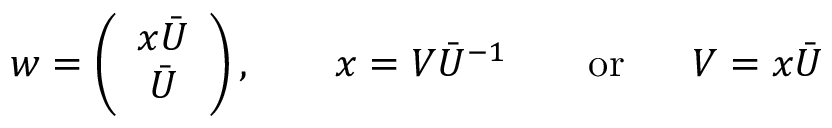
w = \left( \begin{array} { c } { { x \bar { U } } } \\ { { \bar { U } } } \end{array} \right) , ~ ~ ~ ~ ~ ~ x = V \bar { U } ^ { - 1 } ~ ~ ~ ~ ~ ~ \mathrm { o r } ~ ~ ~ ~ ~ V = x \bar { U }